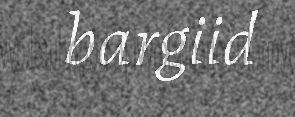
bargiid